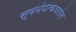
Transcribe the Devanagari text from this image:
स्वयंपाकघरांत